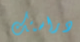
دراستك